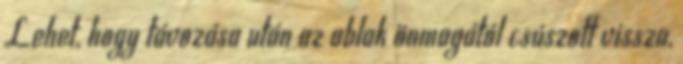
Lehet, hogy távozása után az ablak önmagától csúszott vissza,